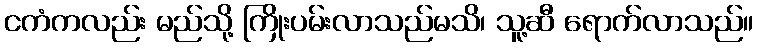
ငကံကလည်း မည်သို့ ကြိုးပမ်းလာသည်မသိ၊ သူ့ဆီ ရောက်လာသည်။